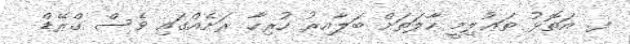
ފ. އަތޮޅު ތަޢުލިމީ ހާލަތަށް ބަލާއިރު ހުރިހާ ރަށެއްގައި ވެސް ގްރޭޑް